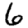
Digit: 6